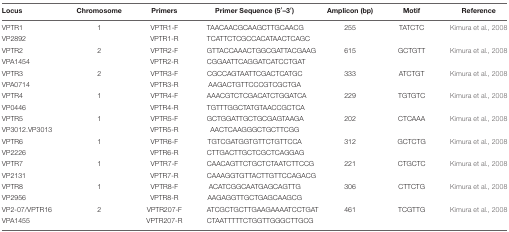
<table><thead><tr><td><b>Locus</b></td><td><b>Chromosome</b></td><td><b>Primers</b></td><td><b>Primer Sequence (5′–3′)</b></td><td><b>Amplicon (bp)</b></td><td><b>Motif</b></td><td><b>Reference</b></td></tr></thead><tbody><tr><td>VPTR1</td><td>1</td><td>VPTR1-F</td><td>TAACAACGCAAGCTTGCAACG</td><td>255</td><td>TATCTC</td><td>Kimura et al., 2008</td></tr><tr><td>VP2892</td><td></td><td>VPTR1-R</td><td>TCATTCTCGCCACATAACTCAGC</td><td></td><td></td><td></td></tr><tr><td>VPTR2</td><td>2</td><td>VPTR2-F</td><td>GTTACCAAACTGGCGATTACGAAG</td><td>615</td><td>GCTGTT</td><td>Kimura et al., 2008</td></tr><tr><td>VPA1454</td><td></td><td>VPTR2-R</td><td>CGGAATTCAGGATCATCCTGAT</td><td></td><td></td><td></td></tr><tr><td>VPTR3</td><td>2</td><td>VPTR3-F</td><td>CGCCAGTAATTCGACTCATGC</td><td>333</td><td>ATCTGT</td><td>Kimura et al., 2008</td></tr><tr><td>VPA0714</td><td></td><td>VPTR3-R</td><td>AAGACTGTTCCCGTCGCTGA</td><td></td><td></td><td></td></tr><tr><td>VPTR4</td><td>1</td><td>VPTR4-F</td><td>AAACGTCTCGACATCTGGATCA</td><td>229</td><td>TGTGTC</td><td>Kimura et al., 2008</td></tr><tr><td>VP0446</td><td></td><td>VPTR4-R</td><td>TGTTTGGCTATGTAACCGCTCA</td><td></td><td></td><td></td></tr><tr><td>VPTR5</td><td>1</td><td>VPTR5-F</td><td>GCTGGATTGCTGCGAGTAAGA</td><td>202</td><td>CTCAAA</td><td>Kimura et al., 2008</td></tr><tr><td>VP3012.VP3013</td><td></td><td>VPTR5-R</td><td>AACTCAAGGGCTGCTTCGG</td><td></td><td></td><td></td></tr><tr><td>VPTR6</td><td>1</td><td>VPTR6-F</td><td>TGTCGATGGTGTTCTGTTCCA</td><td>312</td><td>GCTCTG</td><td>Kimura et al., 2008</td></tr><tr><td>VP2226</td><td></td><td>VPTR6-R</td><td>CTTGACTTGCTCGCTCAGGAG</td><td></td><td></td><td></td></tr><tr><td>VPTR7</td><td>1</td><td>VPTR7-F</td><td>CAACAGTTCTGCTCTAATCTTCCG</td><td>221</td><td>CTGCTC</td><td>Kimura et al., 2008</td></tr><tr><td>VP2131</td><td></td><td>VPTR7-R</td><td>CAAAGGTGTTACTTGTTCCAGACG</td><td></td><td></td><td></td></tr><tr><td>VPTR8</td><td>1</td><td>VPTR8-F</td><td>ACATCGGCAATGAGCAGTTG</td><td>306</td><td>CTTCTG</td><td>Kimura et al., 2008</td></tr><tr><td>VP2956</td><td></td><td>VPTR8-R</td><td>AAGAGGTTGCTGAGCAAGCG</td><td></td><td></td><td></td></tr><tr><td>VP2-07/VPTR16</td><td>2</td><td>VPTR207-F</td><td>ATCGCTGCTTGAAGAAAATCCTGAT</td><td>461</td><td>TCGTTG</td><td>Kimura et al., 2008</td></tr><tr><td>VPA1455</td><td></td><td>VPTR207-R</td><td>CTAATTTTTCTGGTTGGGCTTGCG</td><td></td><td></td><td></td></tr></tbody></table>